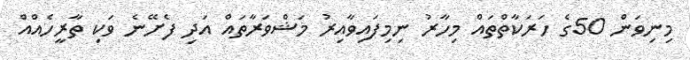
މިނިވަން 50ގެ ހަރަކާތްތައް މިހާރު ނިމިފައިވާއިރު މަޝްވަރާތައް އަދި ފެށޭނެ ވަކި ތާރީހެއްއް